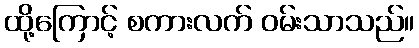
ထို့ကြောင့် စကားလက် ဝမ်းသာသည်။